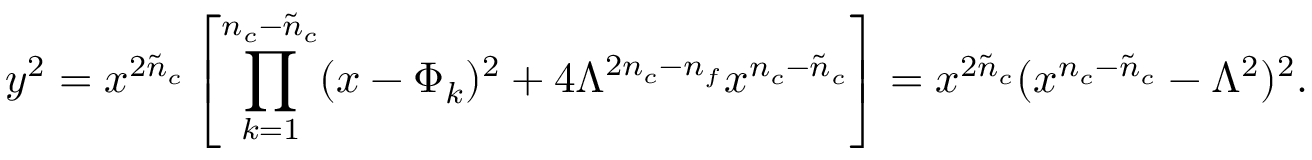
y ^ { 2 } = x ^ { 2 \tilde { n } _ { c } } \left[ \prod _ { k = 1 } ^ { n _ { c } - \tilde { n } _ { c } } ( x - \Phi _ { k } ) ^ { 2 } + 4 \Lambda ^ { 2 n _ { c } - n _ { f } } x ^ { n _ { c } - \tilde { n } _ { c } } \right] = x ^ { 2 { \tilde { n } } _ { c } } ( x ^ { n _ { c } - { \tilde { n } } _ { c } } - \Lambda ^ { 2 } ) ^ { 2 } .